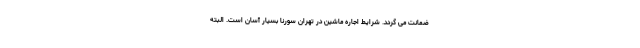
ضمانت می گردد. شرایط اجاره ماشین در تهران سورنا بسیار آسان است. البته